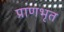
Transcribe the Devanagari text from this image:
प्राणभृत